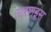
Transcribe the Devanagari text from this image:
चरणइस